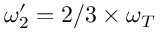
\omega _ { 2 } ^ { \prime } = 2 / 3 \times \omega _ { T }